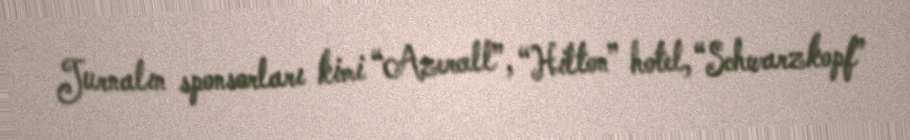
Jurnalın sponsorları kimi “Azercell”, “Hilton” hotel, “Schwarzkopf”